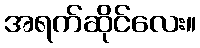
အရက်ဆိုင်လေး။